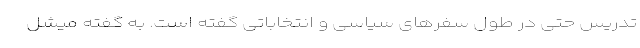
تدریس حتی در طول سفرهای سیاسی و انتخاباتی گفته است. به گفته میشل